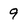
Character: 9